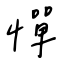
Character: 憚